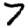
Digit: 7